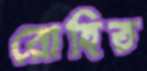
রোহিত